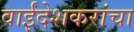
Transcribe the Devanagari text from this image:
वाईंदेशकरांचा